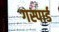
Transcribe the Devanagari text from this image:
गस्पार्ड